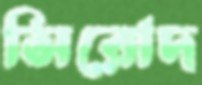
সিরোদ